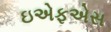
ઇએફએસ